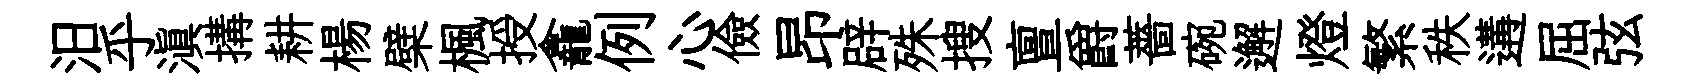
汨乎滇搆耕楊檗楓授龕例心儉昂辟殊搜亶爵薔碗邂燈繁秩遘屈弦